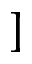
]